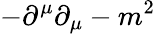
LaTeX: -\partial^{\mu}\partial_{\mu}-m^{2}